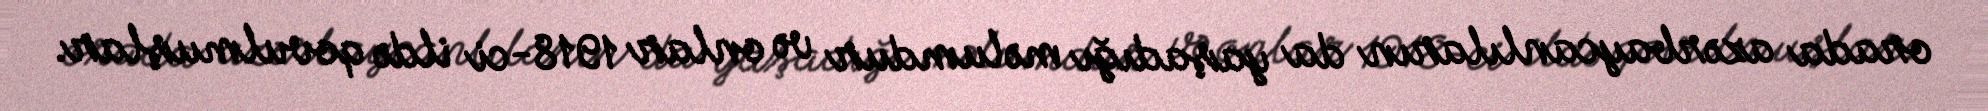
orada azərbaycanlıların da yaşadığı məlumdur və onlar 1918-ci ildə qovulmuşlar.